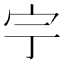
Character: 𡧃